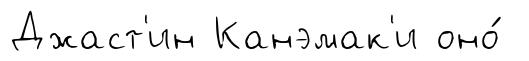
Джаст'ин Канэмак'и оно́